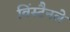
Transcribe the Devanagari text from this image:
विंस्टैनले